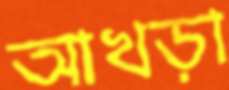
আখড়া